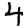
Digit: 4